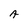
Character: A